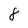
Character: 8